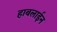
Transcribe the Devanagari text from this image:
हाबलाईन